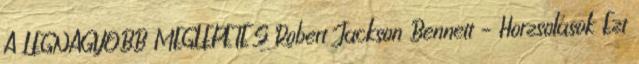
A LEGNAGYOBB MEGLEPETÉS Robert Jackson Bennett – Horzsolások Ezt